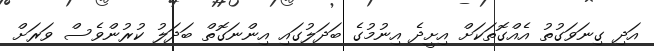
އަދި ގިނަވަގުތު އެއްގޮތަކަށް އިށީދެ އިނުމުގެ ބަދަލުގައި އިންނަގޮތް ބަދަލު ކުރުންވެސް ވަރަށް